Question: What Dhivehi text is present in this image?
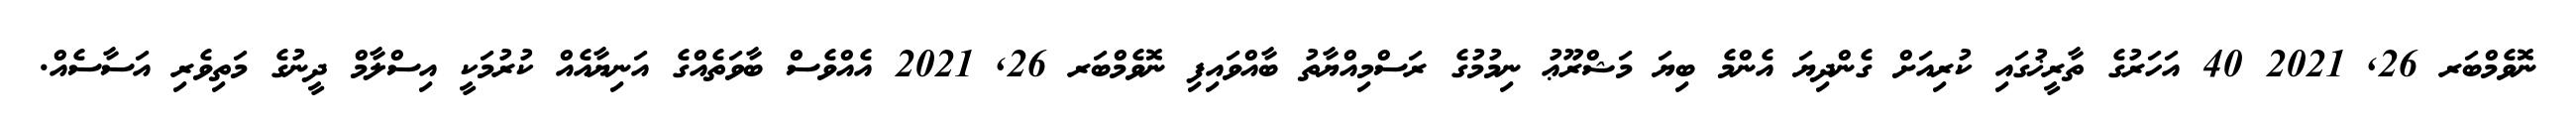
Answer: ނޮވެމްބަރ 26, 2021 40 އަހަރުގެ ތާރީޚުގައި ކުރިއަށް ގެންދިޔަ އެންމެ ބިޔަ މަޝްރޫޢު ނިމުމުގެ ރަސްމިއްޔާތު ބާއްވައިފި ނޮވެމްބަރ 26, 2021 އެއްވެސް ބާވަތެއްގެ އަނިޔާއެއް ކުރުމަކީ އިސްލާމް ދީނުގެ މަތިވެރި އަސާސެއް.